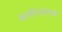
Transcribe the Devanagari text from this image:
बाजीरावच्या